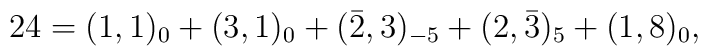
24=(1,1)_{0}+(3,1)_{0}+(\bar{2},3)_{-5}+(2,\bar{3})_{5}+(1,8)_{0},